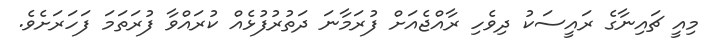
މިއީ ޗައިނާގެ ރައީސަކު ދިވެހި ރާއްޖެއަށް ފުރަމާނަ ދަތުރުފުޅެއް ކުރައްވާ ފުރަތަމަ ފަހަރަށެވެ.